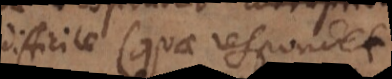
difficile (quae respondet